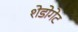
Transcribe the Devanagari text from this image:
शेडोगेट